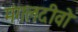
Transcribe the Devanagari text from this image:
मंगलदीवो